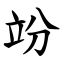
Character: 竕